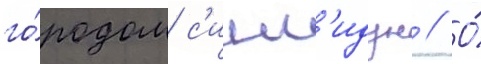
го́родом с'инг'идун // О́